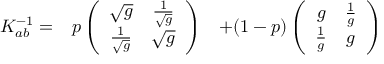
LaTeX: \begin{array} { c c c } { { K _ { a b } ^ { - 1 } = } } & { { p \left( \begin{array} { c c } { { \sqrt { g } } } & { { { \frac { 1 } { \sqrt { g } } } } } \\ { { { \frac { 1 } { \sqrt { g } } } } } & { { \sqrt { g } } } \end{array} \right) } } & { { + ( 1 - p ) \left( \begin{array} { c c } { { g } } & { { { \frac { 1 } { g } } } } \\ { { { \frac { 1 } { g } } } } & { { g } } \end{array} \right) } } \end{array}